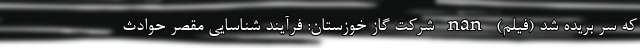
که سر بریده شد (فیلم) nan شرکت گاز خوزستان: فرآیند شناسایی مقصر حوادث